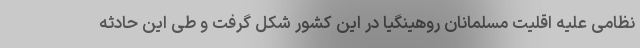
نظامی علیه اقلیت مسلمانان روهینگیا در این کشور شکل گرفت و طی این حادثه